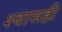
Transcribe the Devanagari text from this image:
श्‍वासही